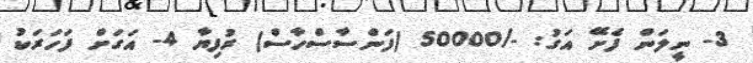
3- ނީލަން ފެށޭ އަގު: -/50000 (ފަންސާސްހާސް) ރުފިޔާ 4- އަގަށް ފަހަރަކު